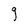
Character: g